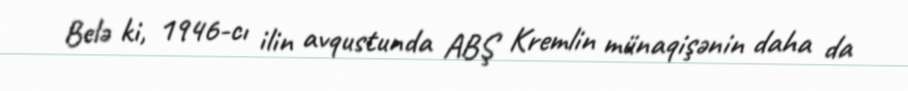
Belə ki, 1946-cı ilin avqustunda ABŞ Kremlin münaqişənin daha da